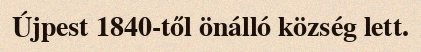
Újpest 1840-től önálló község lett.